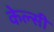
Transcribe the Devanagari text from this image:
केल्सी